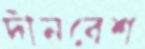
দীনবেশ